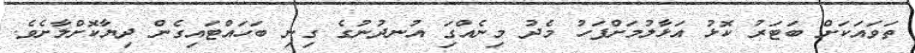
ތަވައަކަށް ބަޓަރު ކޮޅު އަޅާލުމަށްފަހު މެދު މިނެއްގަި އުނދުނުގެ ގިނި ބަހައްޓައިގެން ދިޔާކޮށްލާށެވެ.